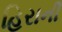
હિરાની